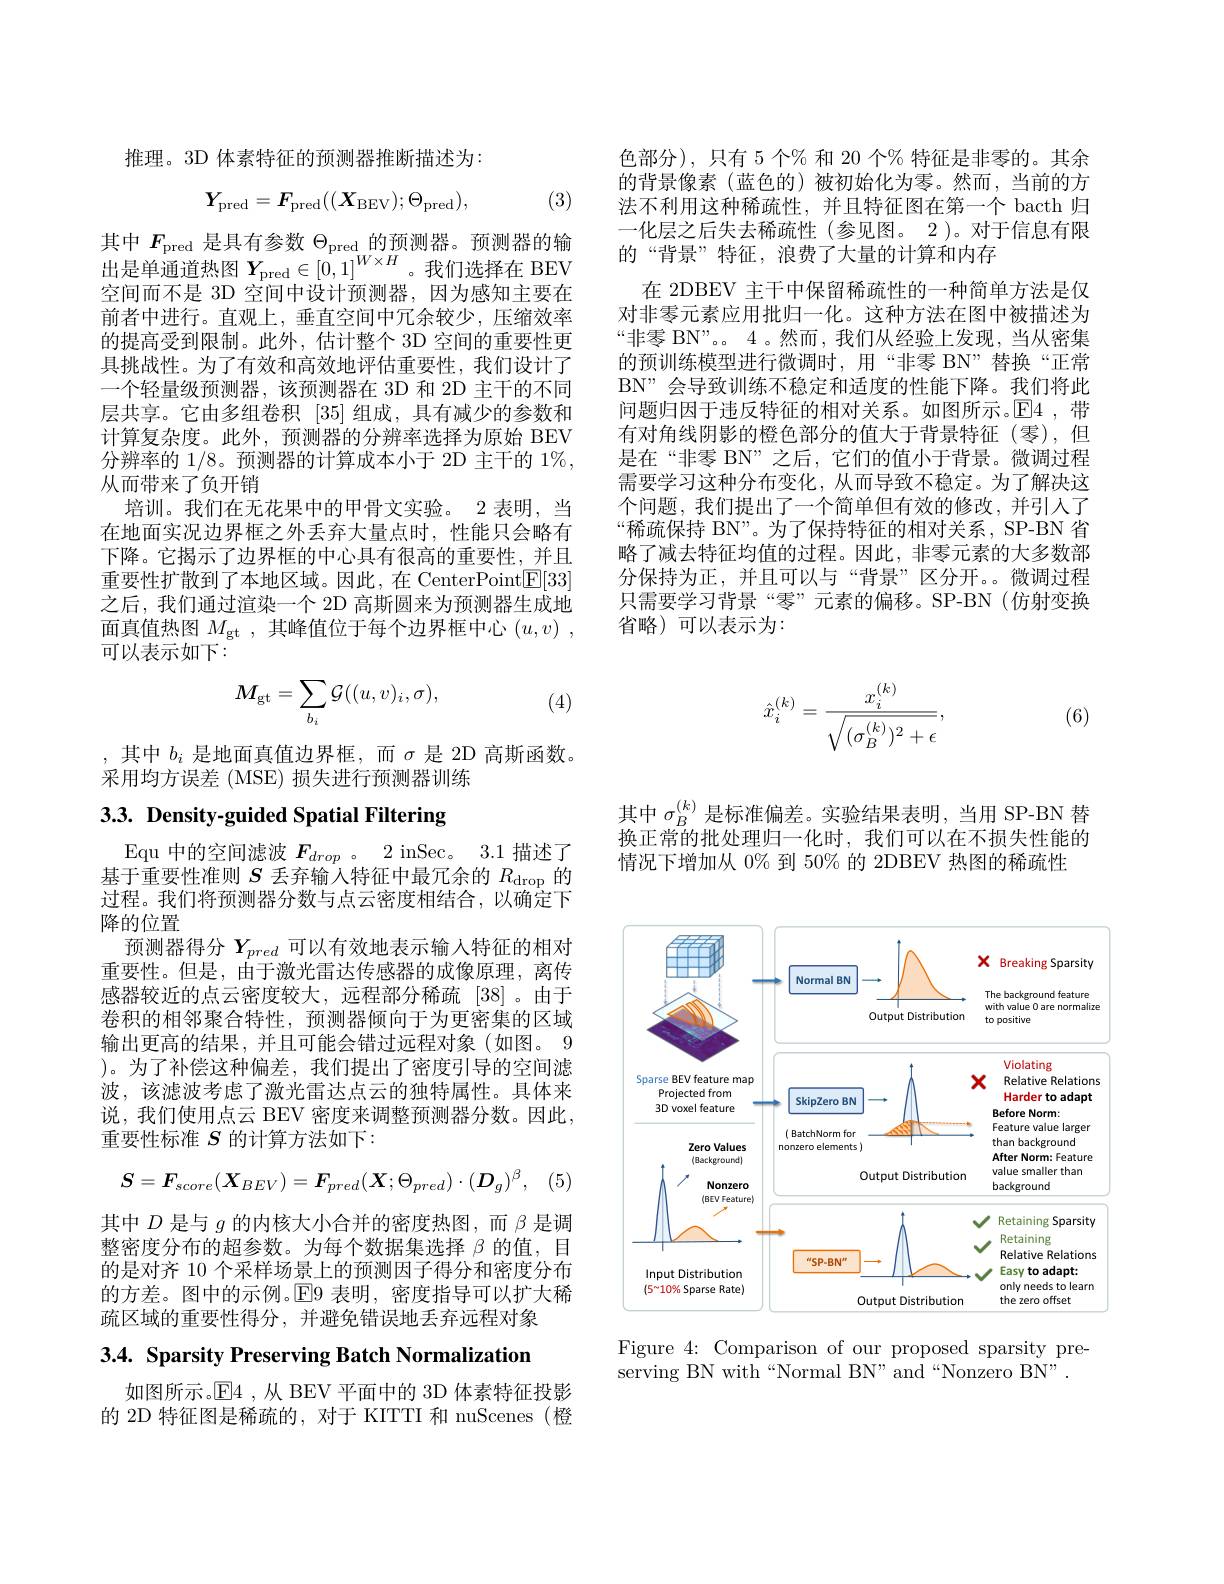
推理。3D 体素特征的预测器推断描述为：

(3)
$$Y_{\mathrm{pred}}=F_{\mathrm{pred}}((X_{\mathrm{BEV}});\Theta_{\mathrm{pred}}),$$
其中$F_\mathrm{pred}$是具有参数$\Theta_\mathrm{pred}$的预测器。预测器的输出是单通道热图$Y_\mathrm{pred}\in[0,1]^{W\times H}$。我们选择在 BEV 空间而不是 3D 空间中设计预测器，因为感知主要在前者中进行。直观上，垂直空间中冗余较少，压缩效率的提高受到限制。此外，估计整个 3D 空间的重要性更具挑战性。为了有效和高效地评估重要性，我们设计了一个轻量级预测器，该预测器在 3D 和 2D 主干的不同层共享。它由多组卷积 [35] 组成，具有减少的参数和计算复杂度。此外，预测器的分辨率选择为原始 BEV 分辨率的 1/8。预测器的计算成本小于 2D 主干的 1%, 从而带来了负开销
培训。我们在无花果中的甲骨文实验。2 表明，当在地面实况边界框之外丢弃大量点时，性能只会略有下降。它揭示了边界框的中心具有很高的重要性，并且重要性扩散到了本地区域。因此，在 CenterPoint$\underline{\mathrm{E}}[33]$ 之后，我们通过渲染一个 2D 高斯圆来为预测器生成地面真值热图$M_\mathrm{gt}$ ,其峰值位于每个边界框中心$( u, v)$ , 可以表示如下：
$$M_{\mathrm{gt}}=\sum_{b_i}\mathcal{G}((u,v)_i,\sigma),$$
(4)

,其中$b_i$是地面真值边界框，而$\sigma$是 2D 高斯函数。
采用均方误差 (MSE) 损失进行预测器训练

# 3.3. Density-guided Spatial Filtering

Equ 中的空间滤波$F_{drop}$ 。2 inSec。3.1 描述了基于重要性准则$S$丢弃输入特征中最冗余的$R_\mathrm{drop}$的过程。我们将预测器分数与点云密度相结合，以确定下降的位置
预测器得分$Y_{pred}$可以有效地表示输入特征的相对重要性。但是，由于激光雷达传感器的成像原理，离传感器较近的点云密度较大，远程部分稀疏[38]。由于卷积的相邻聚合特性，预测器倾向于为更密集的区域输出更高的结果，并且可能会错过远程对象(如图。9 )。为了补偿这种偏差，我们提出了密度引导的空间滤波，该滤波考虑了激光雷达点云的独特属性。具体来说，我们使用点云 BEV 密度来调整预测器分数。因此， 重要性标准$S$的计算方法如下：
$$S=\boldsymbol{F}_{score}(\boldsymbol{X}_{BEV})=\boldsymbol{F}_{pred}(\boldsymbol{X};\Theta_{pred})\cdot(\boldsymbol{D}_{g})^{\beta},$$
其中$D$是与$g$的内核大小合并的密度热图，而$\beta$是调整密度分布的超参数。为每个数据集选择$\beta$的值，目的是对齐 10 个采样场景上的预测因子得分和密度分布的方差。图中的示例。E9 表明，密度指导可以扩大稀疏区域的重要性得分，并避免错误地丢弃远程对象

3.4. Sparsity Preserving Batch Normalization

如图所示。$\mathbb{E}$4 ,从 BEV 平面中的 3D 体素特征投影的 2D 特征图是稀疏的，对于 KITTI 和 nuScenes (橙

色部分),只有 5 个% 和 20 个% 特征是非零的。其余的背景像素(蓝色的)被初始化为零。然而，当前的方法不利用这种稀疏性，并且特征图在第一个 bacth 归一化层之后失去稀疏性(参见图。2)。对于信息有限的“背景”特征，浪费了大量的计算和内存
在 2DBEV 主干中保留稀疏性的一种简单方法是仅对非零元素应用批归一化。这种方法在图中被描述为“非零 BN”。。4。然而，我们从经验上发现，当从密集的预训练模型进行微调时，用“非零 BN” 替换“正常BN”会导致训练不稳定和适度的性能下降。我们将此问题归因于违反特征的相对关系。如图所示。E4,带有对角线阴影的橙色部分的值大于背景特征(零),但是在“非零 BN”之后，它们的值小于背景。微调过程需要学习这种分布变化，从而导致不稳定。为了解决这个问题，我们提出了一个简单但有效的修改，并引入了“稀疏保持 BN”。为了保持特征的相对关系，SP-BN 省略了减去特征均值的过程。因此，非零元素的大多数部分保持为正，并且可以与“背景”区分开。微调过程只需要学习背景“零”元素的偏移。SP-BN(仿射变换省略)可以表示为：
$$\hat{x}_i^{(k)}=\frac{x_i^{(k)}}{\sqrt{(\sigma_B^{(k)})^2+\epsilon}},$$
(6)

其中$\sigma_B^{(k)}$是标准偏差。实验结果表明，当用 SP-BN 替换正常的批处理归一化时，我们可以在不损失性能的情况下增加从 0% 到 50% 的 2DBEV 热图的稀疏性

<FigureHere>

Figure 4: Comparison of our proposed sparsity pre-
serving BN with“Normal BN”and“Nonzero BN”.